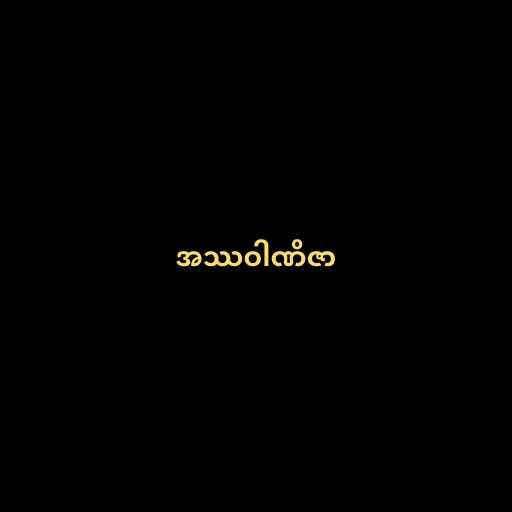
အဿဝါဏိဇာ